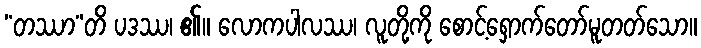
“တဿာ”တိ ပဒဿ၊ ၏။ လောကပါလဿ၊ လူတို့ကို စောင့်ရှောက်တော်မူတတ်သော။